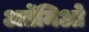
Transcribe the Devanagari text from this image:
अर्तेमिओ